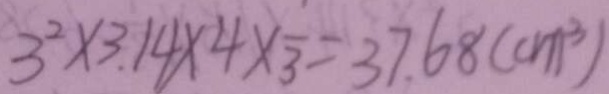
3 ^ { 2 } \times 3 . 1 4 \times 4 \times \frac { 1 } { 3 } = 3 7 . 6 8 ( c m ^ { 3 } )